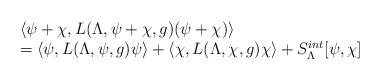
LaTeX: \begin{align*} \begin{array}{ll} & \langle {\psi+ \chi}, L(\Lambda, \psi +\chi, g) ({\psi + \chi }) \rangle \\ & = \langle {\psi}, L(\Lambda, \psi, g) {\psi } \rangle + \langle {\chi}, L(\Lambda, \chi, g) { \chi } \rangle + S^{int}_\Lambda[\psi, \chi] \end{array} \end{align*}